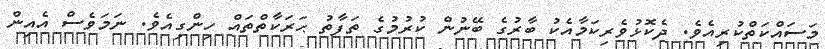
މަސައްކަތްކުރިއެވެ. ދެކޮޅުވެރިކަމާއެކު ބާރުގެ ބޭނުން ކުރުމުގެ ތަފާތު ޙަރަކާތްތައް ހިންގިއެވެ. ނަމަވެސް އެއިން